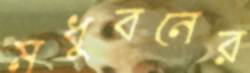
মধুবনের